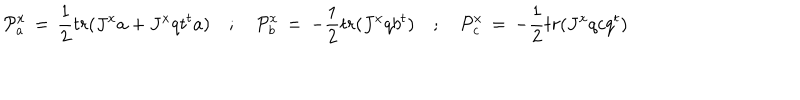
{ \cal P } _ { a } ^ { x } \, = \, \frac { 1 } { 2 } t r ( J ^ { x } a + J ^ { x } q t ^ { t } a ) \quad ; \quad { \cal P } _ { b } ^ { x } \, = \, - \frac { 1 } { 2 } t r ( J ^ { x } q b ^ { t } ) \quad ; \quad { \cal P } _ { c } ^ { x } \, = \, - \frac { 1 } { 2 } t r ( J ^ { x } q c q ^ { t } )